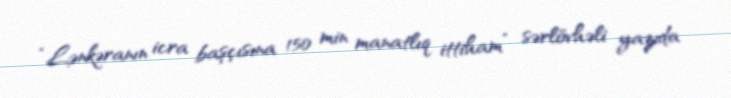
“Lənkəranın icra başçısına 150 min manatlıq ittiham” sərlövhəli yazıda